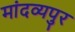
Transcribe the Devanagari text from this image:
मांदव्यपुर